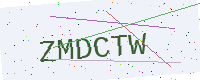
Text: ZMDCTW